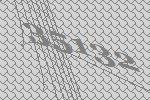
35132